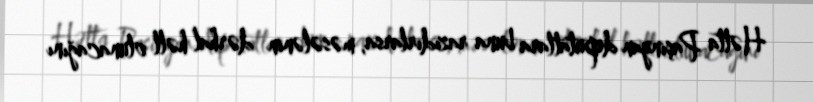
Hətta Paşinyan deputatlara buna razıdırlarsa, məsələnin dərhal həll olunacağını